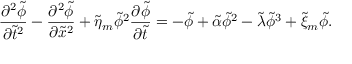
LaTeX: \frac { \partial ^ { 2 } \tilde { \phi } } { \partial \tilde { t } ^ { 2 } } - \frac { \partial ^ { 2 } \tilde { \phi } } { \partial \tilde { x } ^ { 2 } } + \tilde { \eta } _ { m } \tilde { \phi } ^ { 2 } \frac { \partial \tilde { \phi } } { \partial \tilde { t } } = - \tilde { \phi } + \tilde { \alpha } \tilde { \phi } ^ { 2 } - \tilde { \lambda } \tilde { \phi } ^ { 3 } + \tilde { \xi } _ { m } \tilde { \phi } .